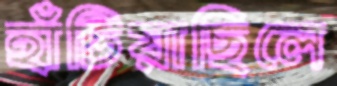
হাঁটিয়াছিলে